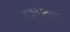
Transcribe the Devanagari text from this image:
बृजबालाएं